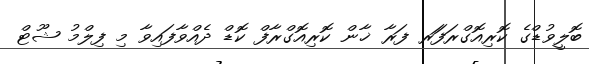
ބޮލީވުޑްގެ ކޮރިއޮގްރަފަަރ ފަރާ ޚާން ކޮރިއޮގްރާފް ކޮޑް ދެއްވާފައިވާ މި ފިލްމު ޝޫޓް